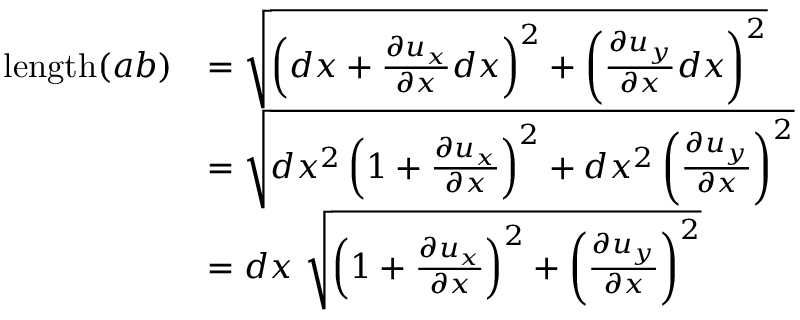
{ \begin{array} { r l } { \mathrm { l e n g t h } ( a b ) } & { = { \sqrt { \left( d x + { \frac { \partial u _ { x } } { \partial x } } d x \right) ^ { 2 } + \left( { \frac { \partial u _ { y } } { \partial x } } d x \right) ^ { 2 } } } } \\ & { = { \sqrt { d x ^ { 2 } \left( 1 + { \frac { \partial u _ { x } } { \partial x } } \right) ^ { 2 } + d x ^ { 2 } \left( { \frac { \partial u _ { y } } { \partial x } } \right) ^ { 2 } } } } \\ & { = d x ~ { \sqrt { \left( 1 + { \frac { \partial u _ { x } } { \partial x } } \right) ^ { 2 } + \left( { \frac { \partial u _ { y } } { \partial x } } \right) ^ { 2 } } } } \end{array} }